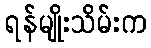
ရန်မျိုးသိမ်းက